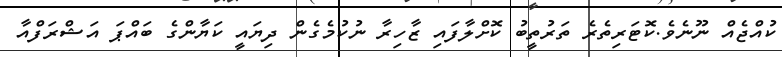
ކުއްޖެއް ނޫނެވެ.ކޮޓަރިތެރެ ތަރުތީބު ކޮށްލާފައި ޒާހިރާ ނުކުމެގެން ދިޔައީ ކަޔާންގެ ބައްޕަ އަޝްރަފްއާ